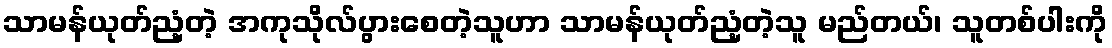
သာမန်ယုတ်ညံ့တဲ့ အကုသိုလ်ပွားစေတဲ့သူဟာ သာမန်ယုတ်ညံ့တဲ့သူ မည်တယ်၊ သူတစ်ပါးကို